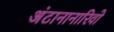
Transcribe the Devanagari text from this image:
अंटानानारिवो